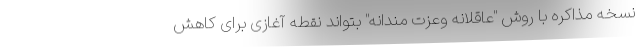
نسخه مذاکره با روش "عاقلانه وعزت مندانه" بتواند نقطه آغازی برای کاهش